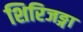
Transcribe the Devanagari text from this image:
शिरिजङ्गा